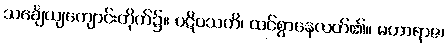
သင်္ချေယျကျောင်းတိုက်၌။ ပဋိဝသတိ၊ ထင်စွာနေလတ်၏။ မဟာရာဇ၊